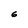
Character: 6